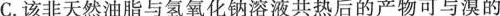
C.该非天然油脂与氢氧化钠溶液共热后的产物可与溴的